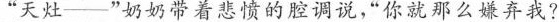
“天灶——”奶奶带着悲愤的腔调说，“你就那么嫌弃我?